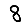
Digit: 8